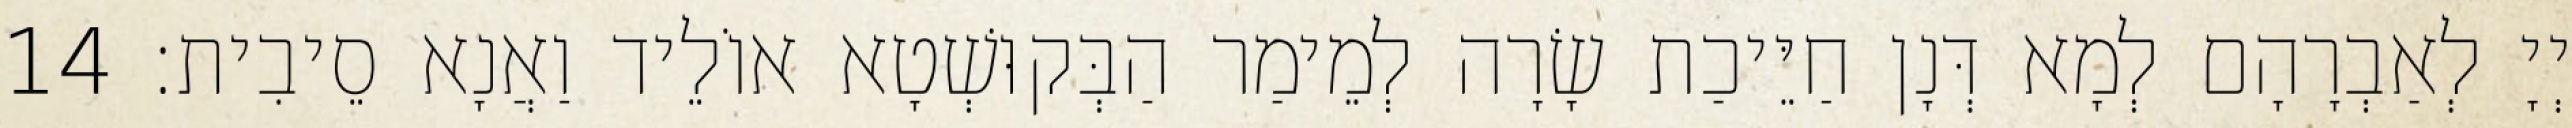
יְיָ לְאַבְרָהָם לְמָא דְּנָן חַיֵּיכַת שָׂרָה לְמֵימַר הַבְּקוּשְׁטָא אוֹלֵיד וַאֲנָא סֵיבִית׃ 14